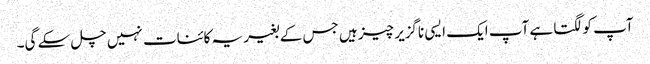
آپ کو لگتا ہے آپ ایک ایسی ناگزیر چیز ہیں جس کے بغیر یہ کائنات نہیں چل سکے گی۔